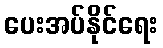
ပေးအပ်နိုင်ရေး